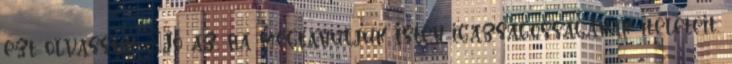
ezt olvassuk: „Jó az, ha megtanuljuk Isten igazságosságának ítéleteit,